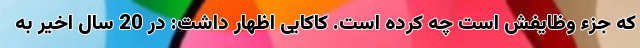
که جزء وظایفش است چه کرده است. کاکایی اظهار داشت: در 20 سال اخیر به